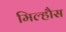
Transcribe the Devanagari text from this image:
मिल्हौस